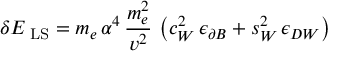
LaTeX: \delta E _ { \mathrm { \scriptsize ~ L S } } = m _ { e } \, \alpha ^ { 4 } \, \frac { m _ { e } ^ { 2 } } { v ^ { 2 } } \, \left( c _ { W } ^ { 2 } \, \epsilon _ { \partial B } + s _ { W } ^ { 2 } \, \epsilon _ { D W } \right)